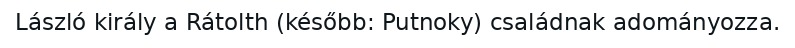
László király a Rátolth (később: Putnoky) családnak adományozza.